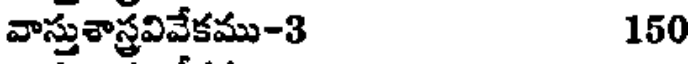
వాస్తుశాస్త్రవివేకము-3 150